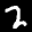
Label: 2